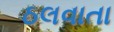
ઠલવાતા